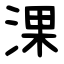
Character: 淉